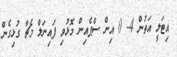
އިޓަލީ އަތުން 4- 0 އިން ސްޕެއިން މޮޅުވި ފައިނަލް މެޗާ ގުޅިގެން